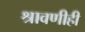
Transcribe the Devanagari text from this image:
श्रावणीही